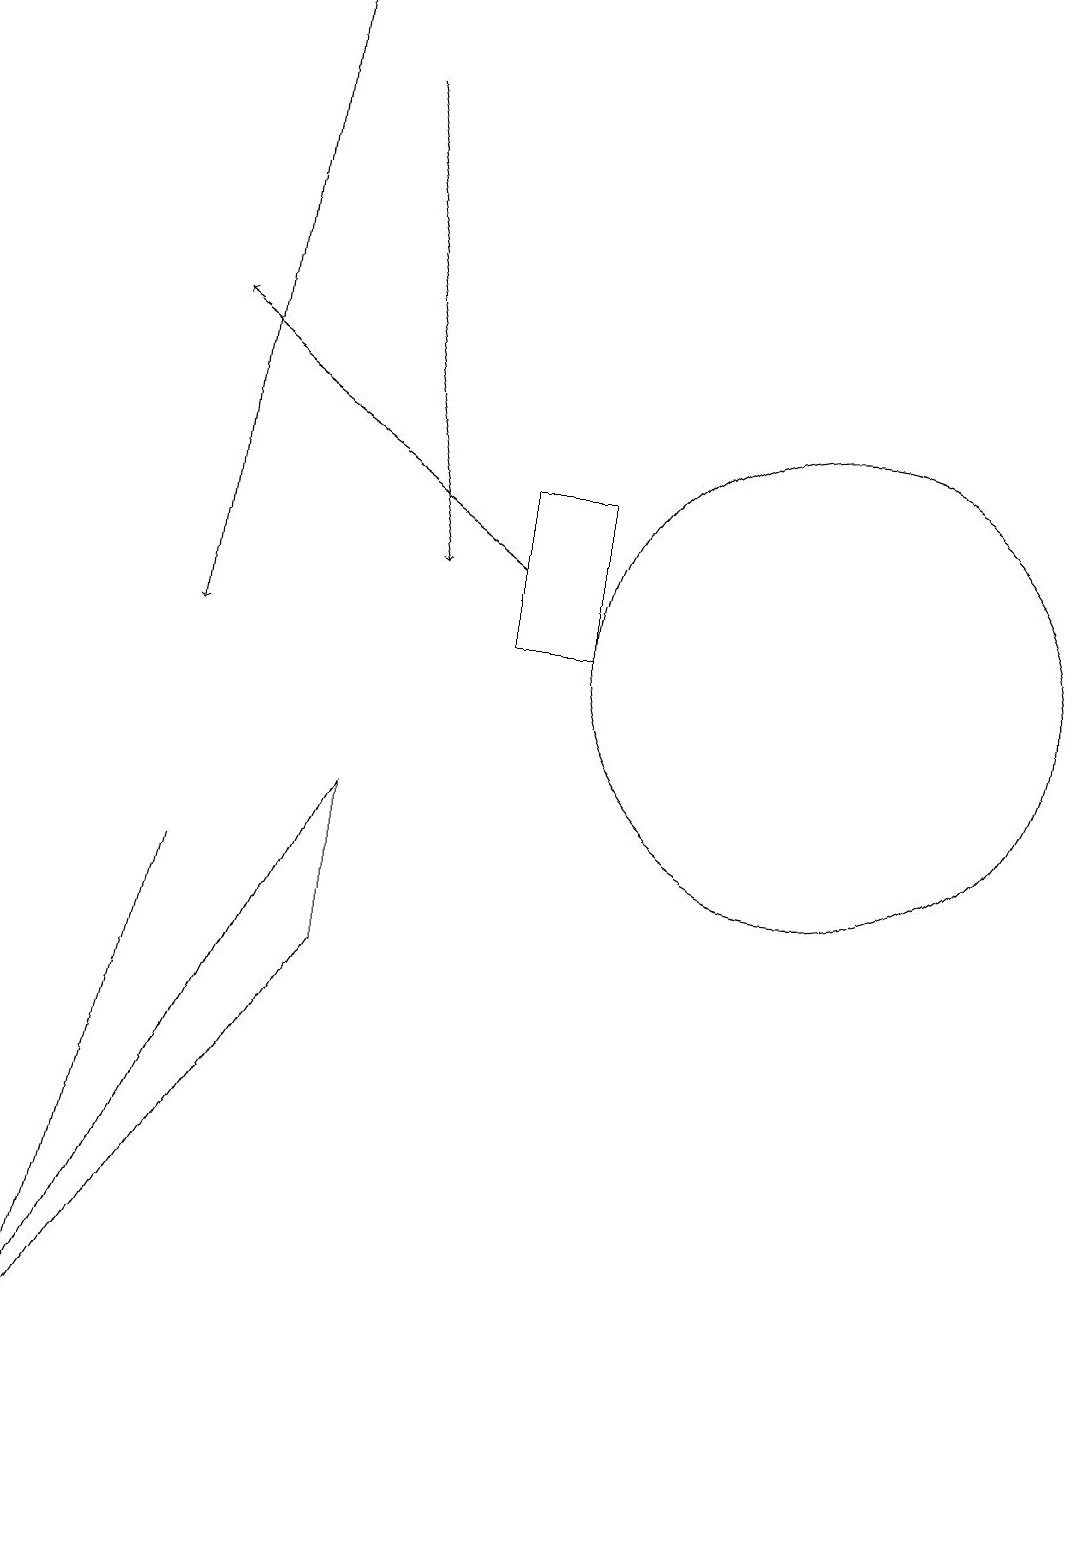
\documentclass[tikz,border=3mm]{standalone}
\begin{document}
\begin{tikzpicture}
\draw (5,7) -- (5,9) -- (1,1) -- cycle;
\draw[->] (4,19) -- (3,11);
\draw (1,0) -- (3,8) -- (2,4) -- cycle;
\draw (11,11) circle (3);
\draw[->] (7,12) -- (3,15);
\draw (8,13) rectangle (7,11);
\draw[->] (5,18) -- (6,12);
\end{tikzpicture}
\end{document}